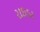
રાઇડર